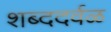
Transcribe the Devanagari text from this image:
शब्ददर्वळ